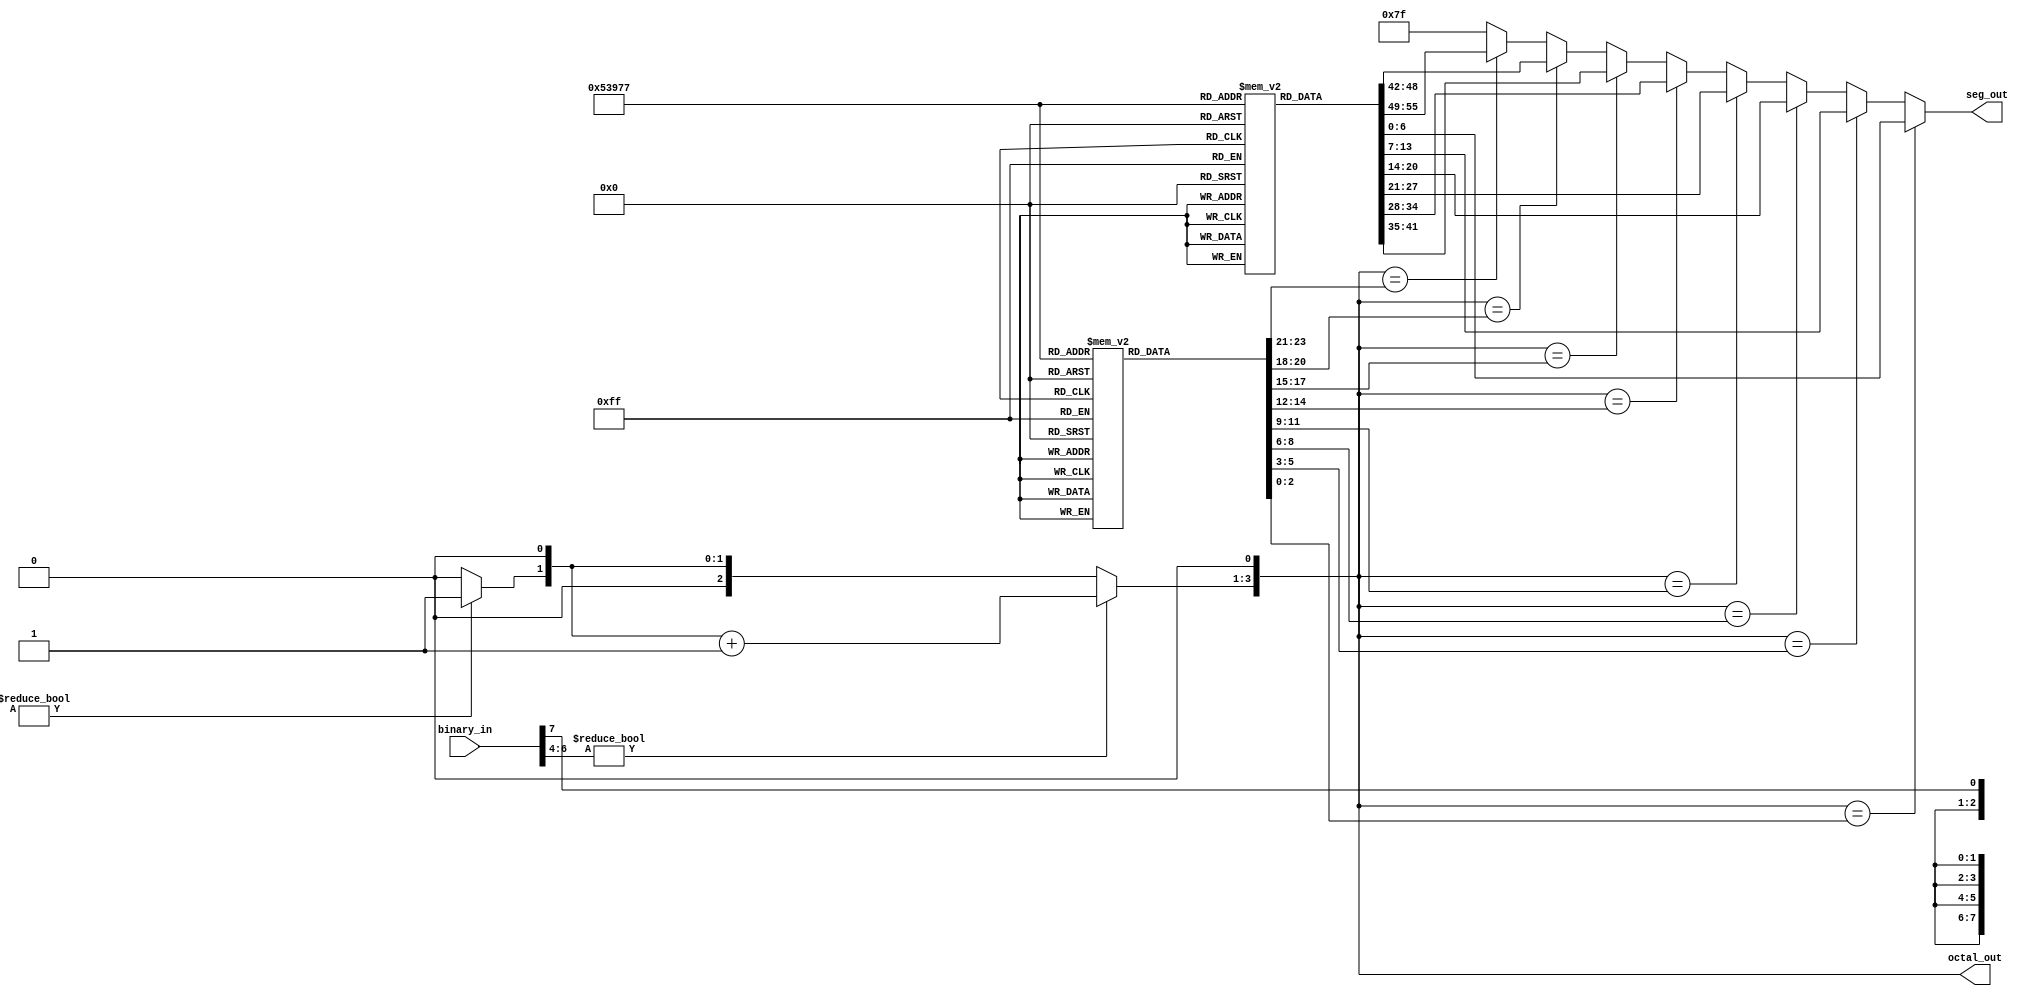
module binary_to_octal_encoder(
  input [7:0] binary_in,
  output reg [3:0] octal_out,
  output reg [6:0] seg_out);

  reg [2:0] octal_values [0:7];
  reg [6:0] seg_values [0:7];

  integer i;

  initial begin
    // Define the octal and segment values for each input combination
    octal_values[0] = 3'b000; seg_values[0] = 7'b011_1111; // 0
    octal_values[1] = 3'b001; seg_values[1] = 7'b000_0110; // 1
    octal_values[2] = 3'b010; seg_values[2] = 7'b101_1011; // 2
    octal_values[3] = 3'b011; seg_values[3] = 7'b100_1111; // 3
    octal_values[4] = 3'b100; seg_values[4] = 7'b110_0110; // 4
    octal_values[5] = 3'b101; seg_values[5] = 7'b110_1101; // 5
    octal_values[6] = 3'b110; seg_values[6] = 7'b111_1101; // 6
    octal_values[7] = 3'b111; seg_values[7] = 7'b000_0111; // 7
  end

  always @ (*) begin
    // Convert the binary input to an octal output using a loop
    octal_out = 3'b000;
    for (i = 7; i >= 3; i = i - 3) begin
      if (binary_in[i +: 3] != 3'b000) begin
        octal_out = octal_out + 1;
      end
      octal_out = octal_out << 1;
  end

   // Set the segment output based on the octal output using a loop
   seg_out = 7'b111_1111;
   for (i = 0; i < 8; i = i + 1) begin
    if (octal_out == octal_values[i]) begin
      seg_out = seg_values[i];
    end
   end
  end

endmodule